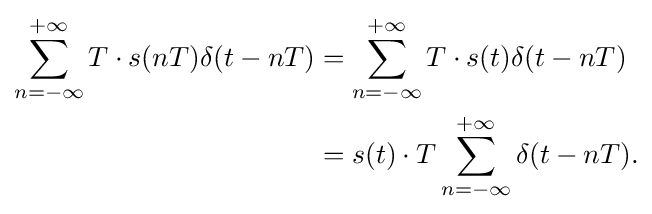
{\begin{aligned}\sum _{n=-\infty }^{+\infty }T\cdot s(nT)\delta (t-nT)&=\sum _{n=-\infty }^{+\infty }T\cdot s(t)\delta (t-nT)\\&=s(t)\cdot T\sum _{n=-\infty }^{+\infty }\delta (t-nT).\end{aligned}}